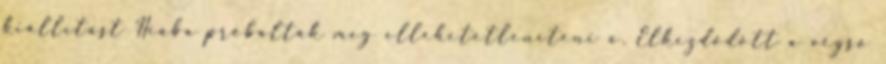
kiállítást Hiába próbálták meg ellehetetleníteni a. Elkezdődött a végső